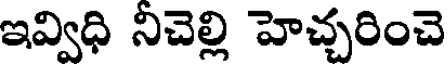
ఇవ్విధి నిచెల్లి హెచ్చరించె